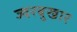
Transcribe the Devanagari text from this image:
ज्वरबुखार